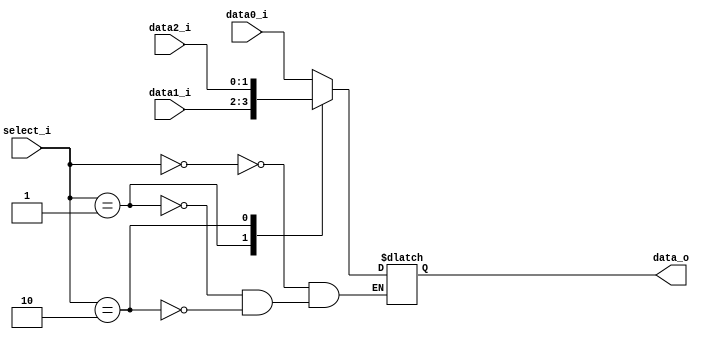
module Mux3to1( data0_i, data1_i, data2_i, select_i, data_o );

parameter size = 0;			   
			
//I/O ports               
input wire	[size-1:0] data0_i;          
input wire	[size-1:0] data1_i;
input wire	[size-1:0] data2_i;
input wire	[2-1:0] select_i;
output reg	[size-1:0] data_o; 

//Main function
/*your code here*/
always @(*)
begin
    case(select_i)
        2'b00:  data_o <= data0_i;
        2'b01:  data_o <= data1_i;
        2'b10:  data_o <= data2_i;
    endcase
end
endmodule